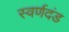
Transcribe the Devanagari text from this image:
स्वर्णदंड